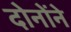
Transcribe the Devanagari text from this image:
दोनोंने